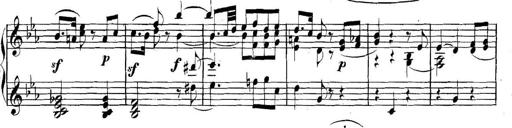
Title: Collected Piano Sonatas
Composer: Muzio Clementi